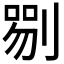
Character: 𠞍